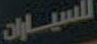
للسيارات